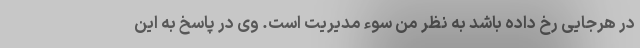
در هرجایی رخ داده باشد به نظر من سوء مدیریت است. وی در پاسخ به این